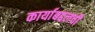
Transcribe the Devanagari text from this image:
कार्याबद्दलची